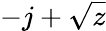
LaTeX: -j+\sqrt{z}